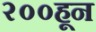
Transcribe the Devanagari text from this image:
२००हून